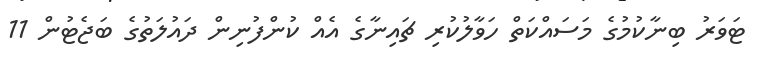
ޓަވަރު ބިނާކުމުގެ މަސައްކަތް ހަވާލުކުރި ޗައިނާގެ އެއް ކުންފުނިން ދައުލަތުގެ ބަޖެޓުން 11